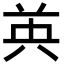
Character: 𮎧